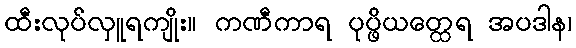
ထီးလုပ်လှူရကျိုး။ ကဏီကာရ ပုပ္ဖိယတ္ထေရ အပဒါန၊